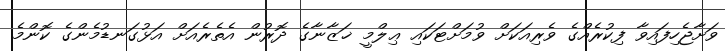
ވަށާޖެހިފައިވާ ފިކުރެއްގެ ވެރިއަކަށް ވުމަށްޓަކައި ޢިލްމީ ޚަޒާނާގެ ދޮރުން އެތެރެއަށް އަޅުގަނޑުމެންގެ ކޮންމެ